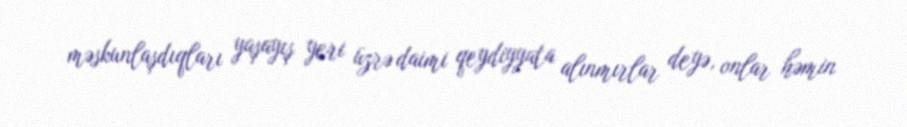
məskunlaşdıqları yaşayış yeri üzrə daimi qeydiyyata alınmırlar deyə, onlar həmin